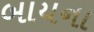
બાયના